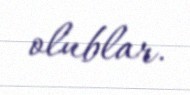
olublar.